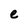
Character: e